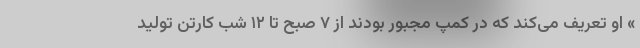
» او تعریف می‌کند که در کمپ مجبور بودند از ۷ صبح تا ۱۲ شب کارتن تولید